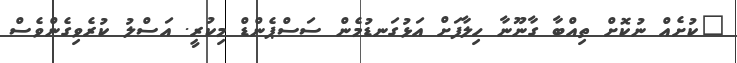
"ކުށެއް ނުކޮށް ތިއްބާ ގާނޫނާ ހިލާފަށް އަޅުގަނޑުމެން ސަސްޕެންޑް މިކުރީ. އަސްލު ކުރެވިގެންވެސް